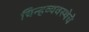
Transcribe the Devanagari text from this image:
चिन्हव्यवस्थेचे